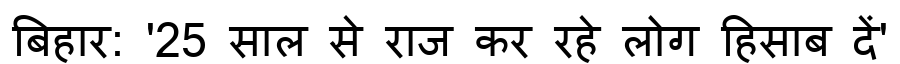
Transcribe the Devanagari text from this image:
बिहार: '25 साल से राज कर रहे लोग हिसाब दें'